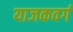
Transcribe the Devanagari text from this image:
याजकवर्ग